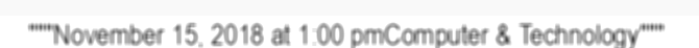
"""November 15, 2018 at 1:00 pmComputer & Technology"""